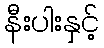
နီးပါးနှင့်